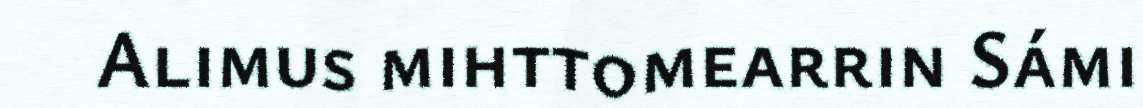
Alimus mihttomearrin Sámi